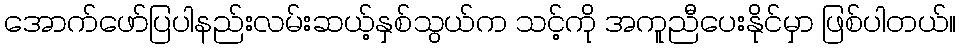
အောက်ဖော်ပြပါနည်းလမ်းဆယ့်နှစ်သွယ်က သင့်ကို အကူညီပေးနိုင်မှာ ဖြစ်ပါတယ်။